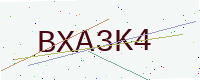
Text: BXA3K4